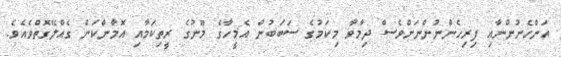
އަންހެނުންނާއި ފިރިހެންނުންނަށްވެސް ދިމާވާ މިކަމުގެ ސަބަބުން އެމީހާގެ މޫނުގެ ރީތިކަމާއި އޮމާންކަން ގެއްލޭގޮތްވެއެވެ.